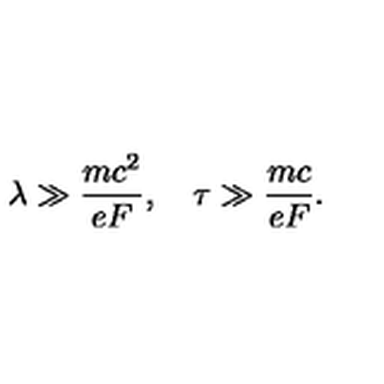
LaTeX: \lambda \gg \frac { m c ^ { 2 } } { e F } , \quad \tau \gg \frac { m c } { e F } .